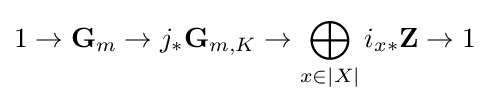
1\to \mathbf {G} _{m}\to j_{*}\mathbf {G} _{m,K}\to \bigoplus _{x\in |X|}i_{x*}\mathbf {Z} \to 1